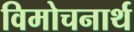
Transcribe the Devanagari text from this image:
विमोचनार्थ